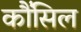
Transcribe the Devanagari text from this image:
कौंंसिल